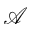
\mathcal { A }